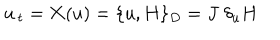
u _ { \, t } = { \bf X } ( u ) = \{ u , H \} _ { D } = J \; \delta _ { u } H